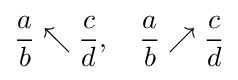
{\frac {a}{b}}\nwarrow {\frac {c}{d}},\quad {\frac {a}{b}}\nearrow {\frac {c}{d}}